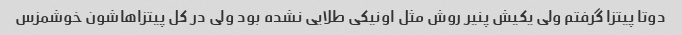
دوتا پیتزا گرفتم ولی یکیش پنیر روش مثل اونیکی طلایی نشده بود ولی در کل پیتزاهاشون خوشمزس